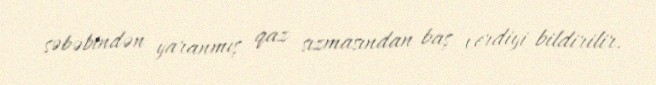
səbəbindən yaranmış qaz sızmasından baş verdiyi bildirilir.